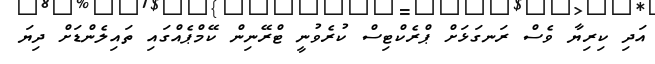
އަދި ކިރިޔާ ވެސް ރަނގަޅަށް ޕްރެކްޓިސް ކުރެވުނީ ޓްރޭނިން ކޭމްޕެއްގައި ތައިލެންޑަށް ދިޔަ